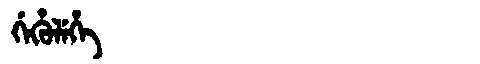
Manchu: ᡤᡝᡥᡠᠯᡝᡥᡝ
Romanization: GEHULEHE